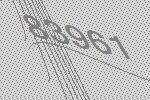
83961